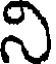
ని